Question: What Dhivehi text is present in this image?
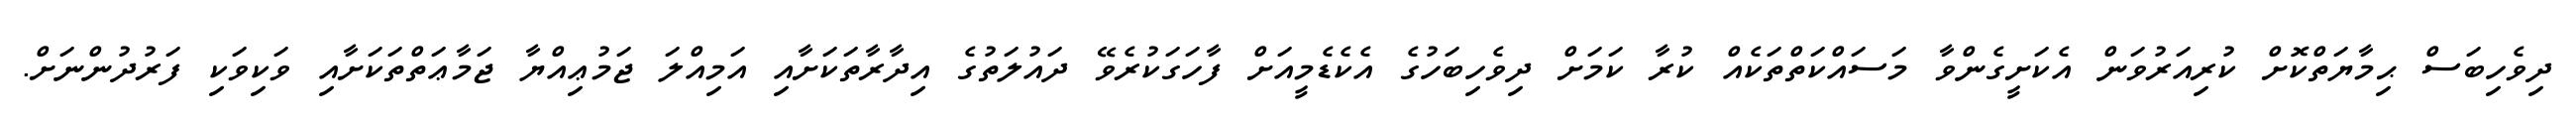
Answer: ދިވެހިބަސް ޙިމާޔަތްކޮށް ކުރިއަރުވަން އެކަށީގެންވާ މަސައްކަތްތަކެއް ކުރާ ކަމަށް ދިވެހިބަހުގެ އެކެޑެމީއަށް ފާހަގަކުރެވޭ ދައުލަތުގެ އިދާރާތަކަށާއި އަމިއްލަ ޖަމުޢިއްޔާ ޖަމާޢަތްތަކަށާއި ވަކިވަކި ފަރުދުންނަށް.